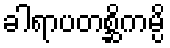
ခါရာပတစ္ဆိကမ္ပိ